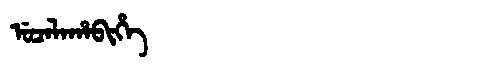
Manchu: ᡠᠴᠠᠯᠠᡥᠠᠪᡳᡥᡝ
Romanization: UCALAHABIHE